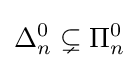
\Delta _{n}^{0}\subsetneq \Pi _{n}^{0}